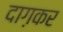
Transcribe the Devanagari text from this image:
दाग़कर